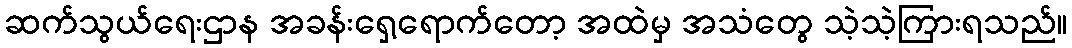
ဆက်သွယ်ရေးဌာန အခန်းရှေ့ရောက်တော့ အထဲမှ အသံတွေ သဲ့သဲ့ကြားရသည်။